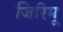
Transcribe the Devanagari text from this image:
जिरिमू